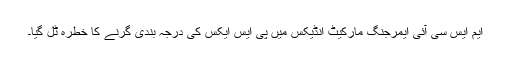
ایم ایس سی آئی ایمرجنگ مارکیٹ انڈیکس میں پی ایس ایکس کی درجہ بندی گرنے کا خطرہ ٹل گیا۔